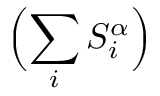
\Bigl ( \sum _ { i } S _ { i } ^ { \alpha } \Bigr )